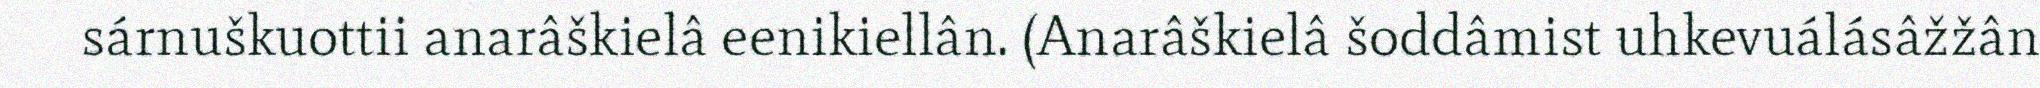
sárnuškuottii anarâškielâ eenikiellân. (Anarâškielâ šoddâmist uhkevuálásâžžân